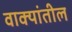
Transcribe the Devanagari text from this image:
वाक्यांतील